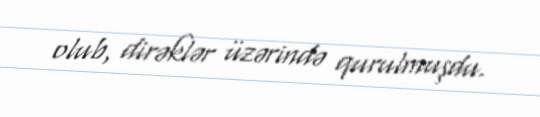
olub, dirəklər üzərində qurulmuşdu.